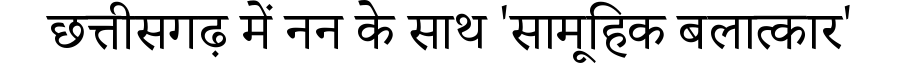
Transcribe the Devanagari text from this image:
छत्तीसगढ़ में नन के साथ 'सामूहिक बलात्कार'